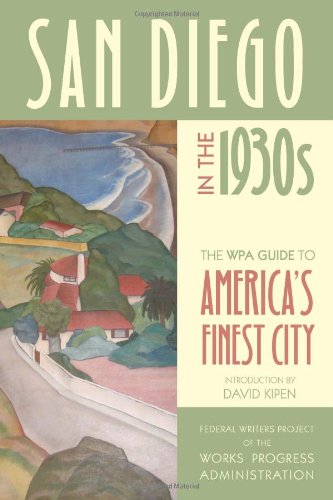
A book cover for San Diego in the 1930s: The WPA Guide to America's Finest City; Federal Writers Project o; Travel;